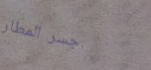
جسر المطار